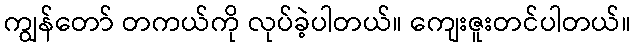
ကျွန်တော် တကယ်ကို လုပ်ခဲ့ပါတယ်။ ကျေးဇူးတင်ပါတယ်။